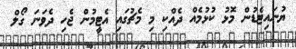
ޔުނައިޓެޑުން މޮޅު ކުޅުމެއް ދެއްކި މި މެޗުގައި އެޓީމުން ޖެހި ދެވަނަ ގޯލް